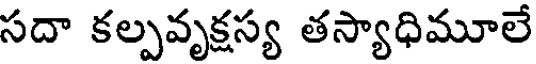
సదా కల్పవృక్షస్య తస్యాధిమూలే